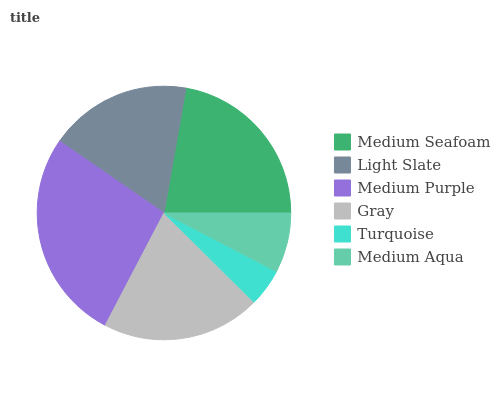
| Medium Seafoam | Light Slate | Medium Purple | Gray | Turquoise | Medium Aqua |
 | --- | --- | --- | --- | --- | --- |
 | 22.3% | 18.1% | 26.9% | 20.2% | 4.81% | 7.64% |